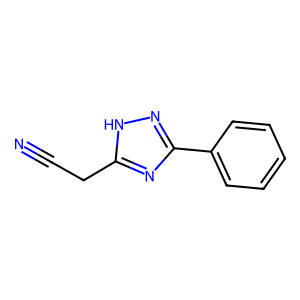
SMILES: N#CCc1nc(-c2ccccc2)n[nH]1
Inhibits HIV replication: No